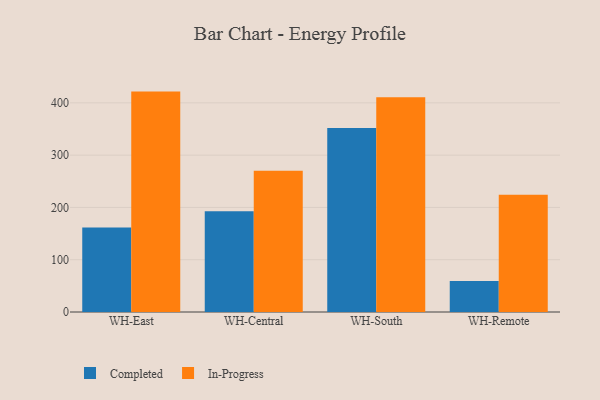
{"axis": {"x": "Warehouse", "y": "Net Income (USD K)"}, "legend": ["Completed", "In-Progress"], "data": [{"x": "WH-East", "y": 161.8, "type": "Completed"}, {"x": "WH-East", "y": 421.5, "type": "In-Progress"}, {"x": "WH-Central", "y": 192.7, "type": "Completed"}, {"x": "WH-Central", "y": 269.9, "type": "In-Progress"}, {"x": "WH-South", "y": 352.1, "type": "Completed"}, {"x": "WH-South", "y": 410.8, "type": "In-Progress"}, {"x": "WH-Remote", "y": 59.5, "type": "Completed"}, {"x": "WH-Remote", "y": 224.1, "type": "In-Progress"}]}